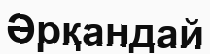
Әрқандай